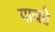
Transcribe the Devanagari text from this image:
पाजते